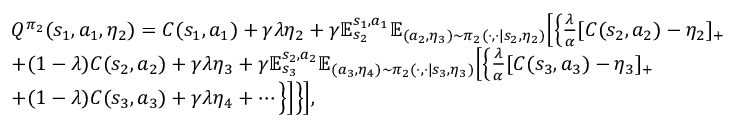
\begin{array} { r l } & { Q ^ { \pi _ { 2 } } ( s _ { 1 } , a _ { 1 } , \eta _ { 2 } ) = C ( s _ { 1 } , a _ { 1 } ) + \gamma \lambda \eta _ { 2 } + \gamma \mathbb { E } _ { s _ { 2 } } ^ { s _ { 1 } , a _ { 1 } } \mathbb { E } _ { ( a _ { 2 } , \eta _ { 3 } ) \sim \pi _ { 2 } ( \cdot , \cdot | s _ { 2 } , \eta _ { 2 } ) } \Big [ \Big \{ \frac { \lambda } { \alpha } [ C ( s _ { 2 } , a _ { 2 } ) - \eta _ { 2 } ] _ { + } } \\ & { + ( 1 - \lambda ) C ( s _ { 2 } , a _ { 2 } ) + \gamma \lambda \eta _ { 3 } + \gamma \mathbb { E } _ { s _ { 3 } } ^ { s _ { 2 } , a _ { 2 } } \mathbb { E } _ { ( a _ { 3 } , \eta _ { 4 } ) \sim \pi _ { 2 } ( \cdot , \cdot | s _ { 3 } , \eta _ { 3 } ) } \Big [ \Big \{ \frac { \lambda } { \alpha } [ C ( s _ { 3 } , a _ { 3 } ) - \eta _ { 3 } ] _ { + } } \\ & { + ( 1 - \lambda ) C ( s _ { 3 } , a _ { 3 } ) + \gamma \lambda \eta _ { 4 } + \cdots \Big \} \Big ] \Big \} \Big ] , } \end{array}